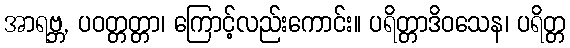
အာရဗ္ဘ, ပဝတ္တတ္တာ၊ ကြောင့်လည်းကောင်း။ ပရိတ္တာဒိဝသေန၊ ပရိတ္တ